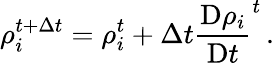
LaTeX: \rho_{i}^{t+\Delta t}=\rho_{i}^{t}+\Delta t\frac{\mathrm{D}\rho_{i}}{\mathrm{D}t}^{t}\, .